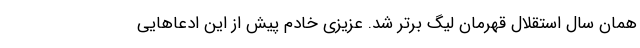
همان سال استقلال قهرمان لیگ برتر شد. عزیزی خادم پیش از این ادعاهایی